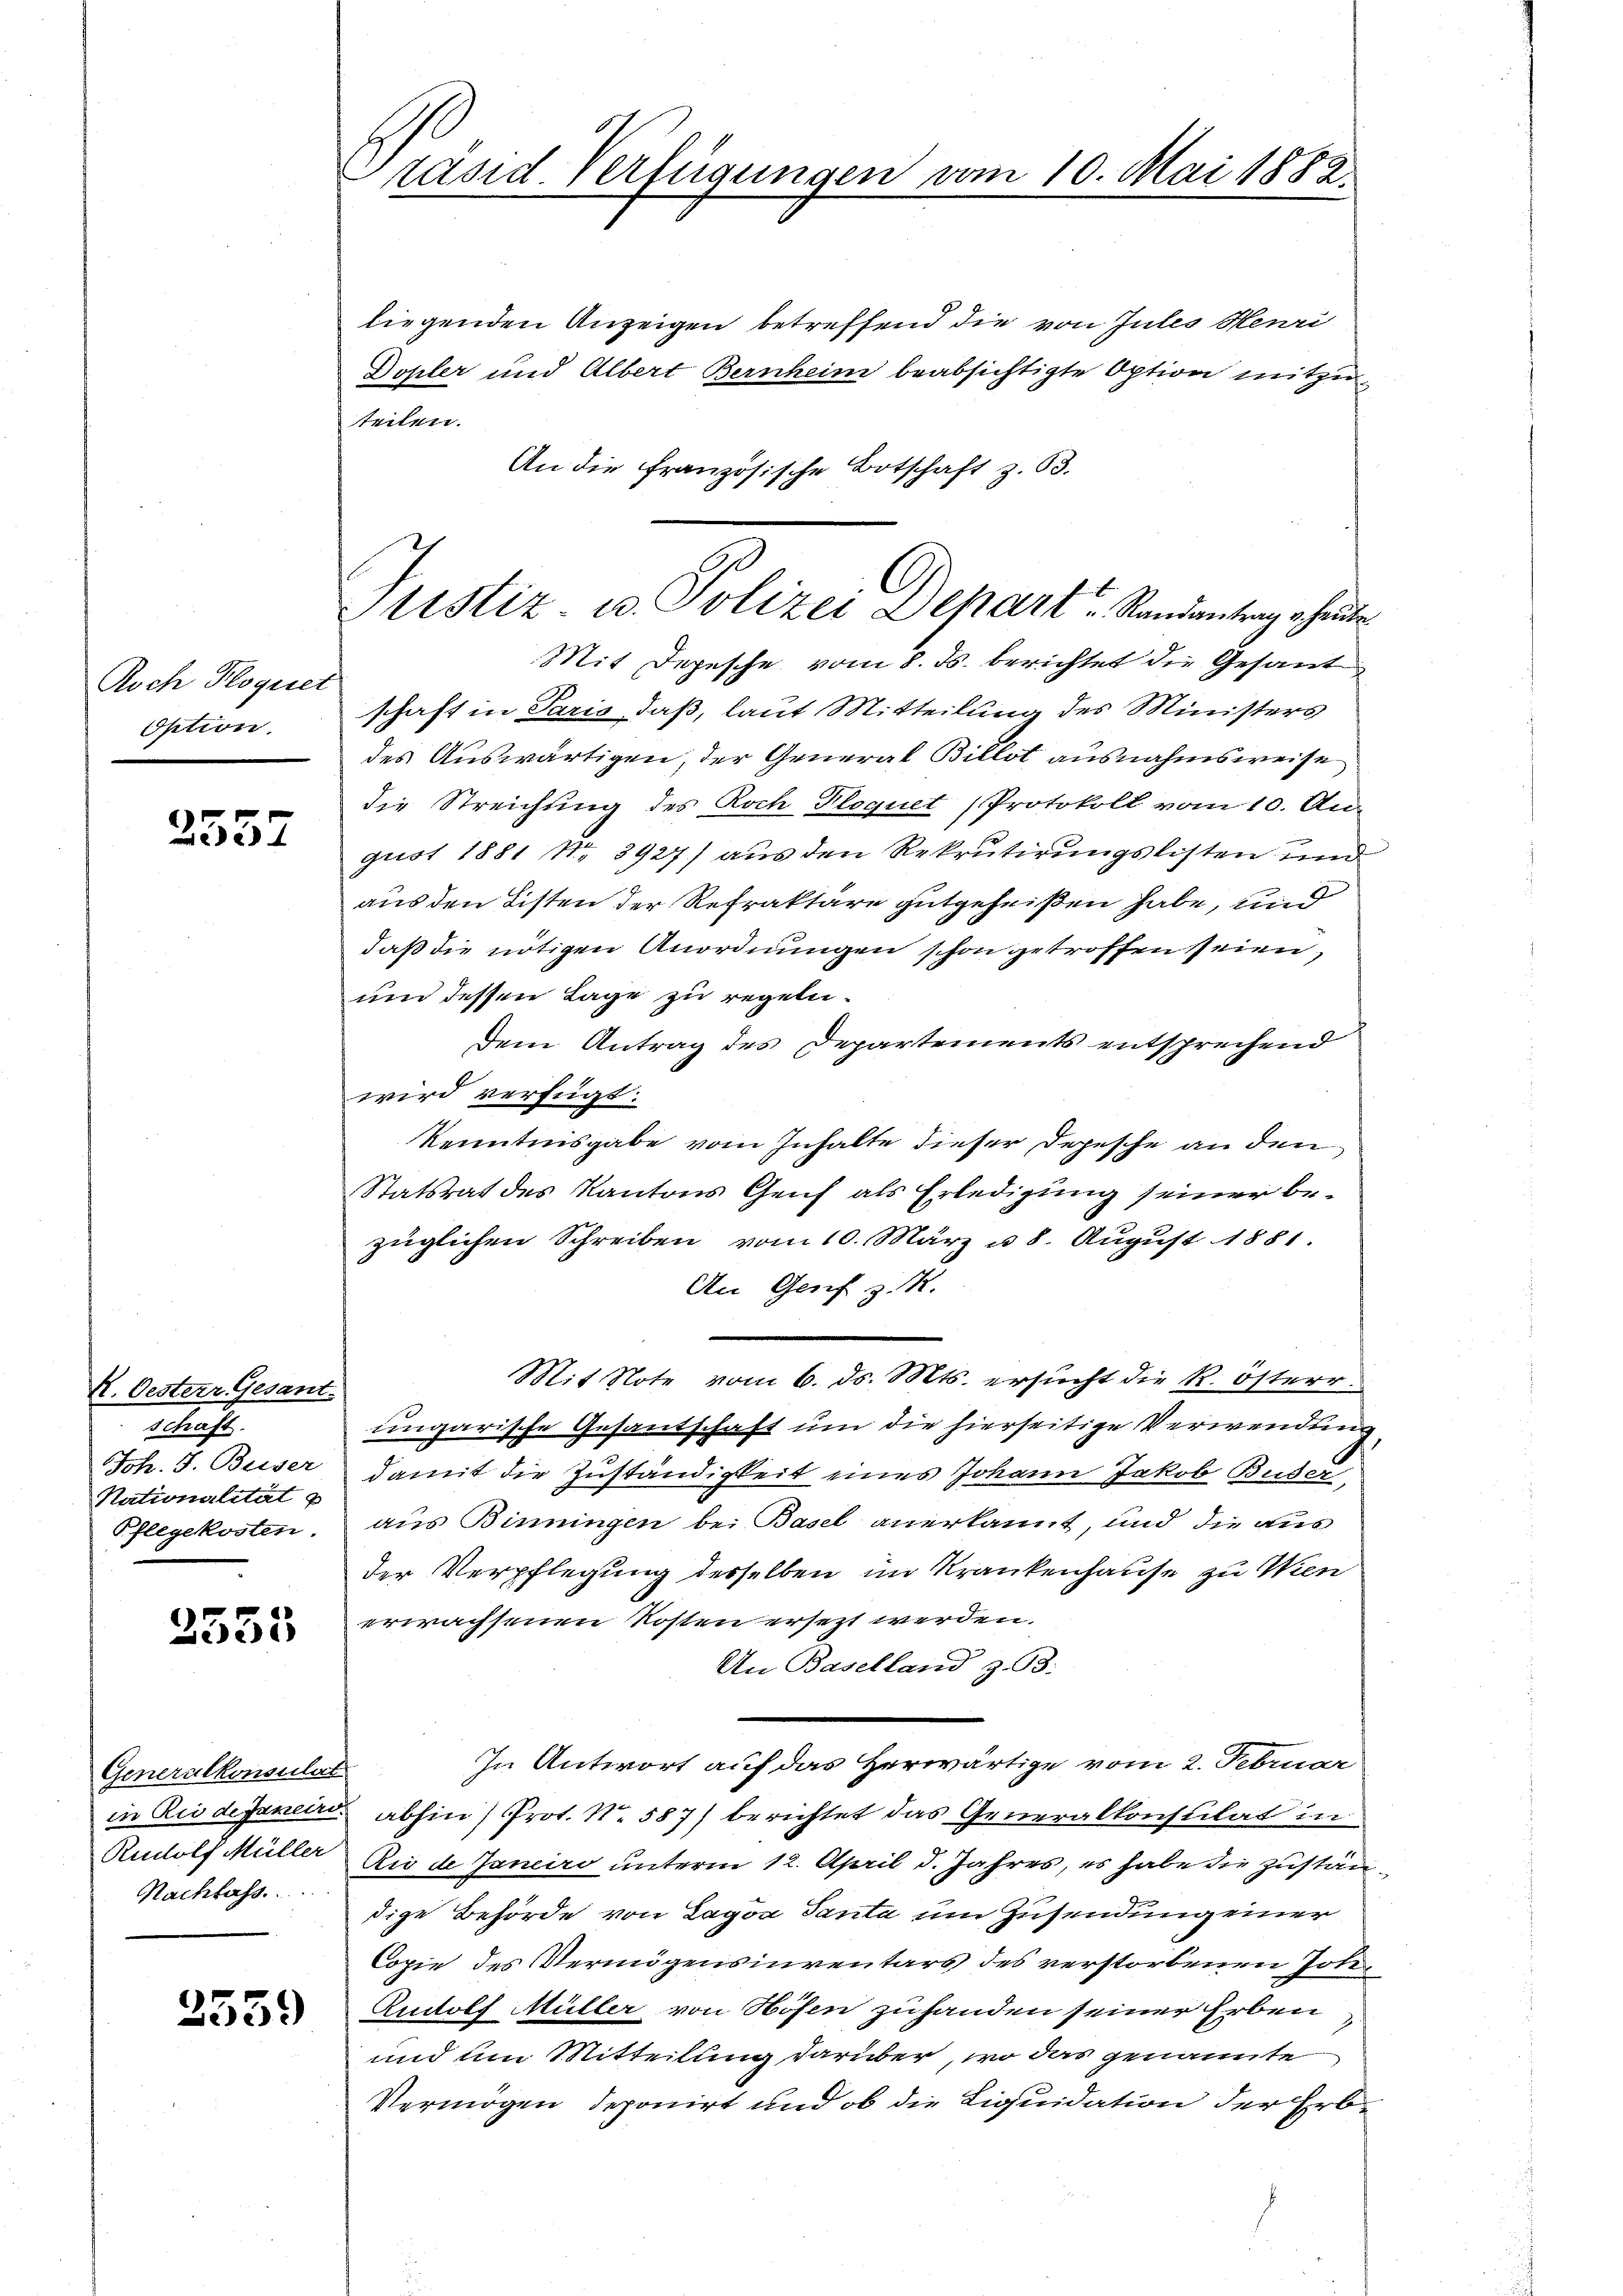
Noch Floquet
Option.

2557

K. Oesterr. Gesant.
schaft.
Joh. J. Buser
Nationalität u
Pflegekosten.

3533

Generalkonsulat
in Rio de Janeiro
Rudolf Müller
Nachlass

2559

räsid. Verfügungen vom 10. Mai 1882.

Justiz- u. Polizei Depart Randantrag heuten

liegenden Anzeigen betreffend die von Jules Henri
Dopler und Albert Bernheim beabsichtigte Option mitzuteilen.
An die französische Botschaft z. B.
Mit Depesche vom 8. Js. berichtet die Gesand
schaft in Paris, daß, laut Mitteilung des Ministers
des Auswärtigen, der General Billot ausnahmsweise
die Streichung des Roch Ploquet (Protokoll vom 10. An
gust 1881 Nr. 3927) aus den Rekrutirungslisten und
aus den Listen der Refraktäre gutgeheißen habe, und
daß die nötigen Anordnungen schon getroffen seien,
und dessen Lage zu regeln.
Dem Antrag des Departements entsprechend
wird verfügt:
Kenntnisgabe vom Inhalte dieser Depesche an den
Statsrat des Kantons Genf als Erledigung seiner bezüglichen Schreiben vom 10. März u. 8. August 1881.
An Gesetz. 14.
Mit Note vom 6. ds. Mts. ersucht die k. österr.
ungarische Gesantschaft um die hierseitige Verwendung
damit die Zuständigkeit eines Johann Jakob Buder,
aus Binningen bei Basel anerkannt, und die aus
der Verpflegung desselben im Krankenhause zu Wien
erwachsenen Kosten ersezt werden.
An Baselland z. 93:
In Antwort auf das Herwärtige vom 2. Februar
abhin) Prot. N. 587) berichtet das Generalkonsulat in
Rio de Janeiro unterm 12. April d. Jahres, es habe die Zustandige Behörde von Lagva Santa um Zusendung einer
Copie des Vermögensinventars des verstorbenen Joh¬
Rudolf Müller von Höfen zu handen seiner Erben
und um Mitteilung darüber, wo das genannte
Vermögen deponirt und ob die Liquidation der Erb¬